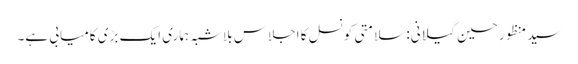
سید منظور حسین گیلانی: سلامتی کونسل کا اجلاس بلاشبہ ہماری ایک بڑی کامیابی ہے۔